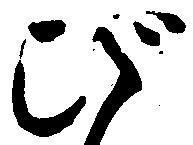
び